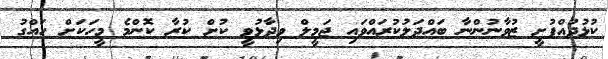
ކުޅުދުއްފުށީ ޒުވާނުންނާ ބައްދަލުކުރައްވައި ޖަމީލް ވިދާޅުވީ ކުށް ކުރާ ކޮންމެ މީހަކަށް ހައްގު